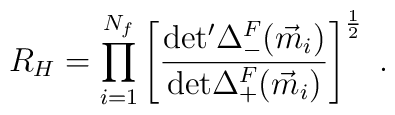
R_{H}=\prod_{i=1}^{N_{f}}\left[\frac{{\rm det'}\Delta^{F}_{-}(\vec{m}_{i})}{{\rm det}\Delta^{F}_{+}(\vec{m}_{i})}\right]^{\frac{1}{2}}\ .